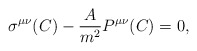
\begin{align*}\sigma^{\mu\nu}(C)-{ A\over m^2}P^{\mu\nu}(C)=0,\end{align*}